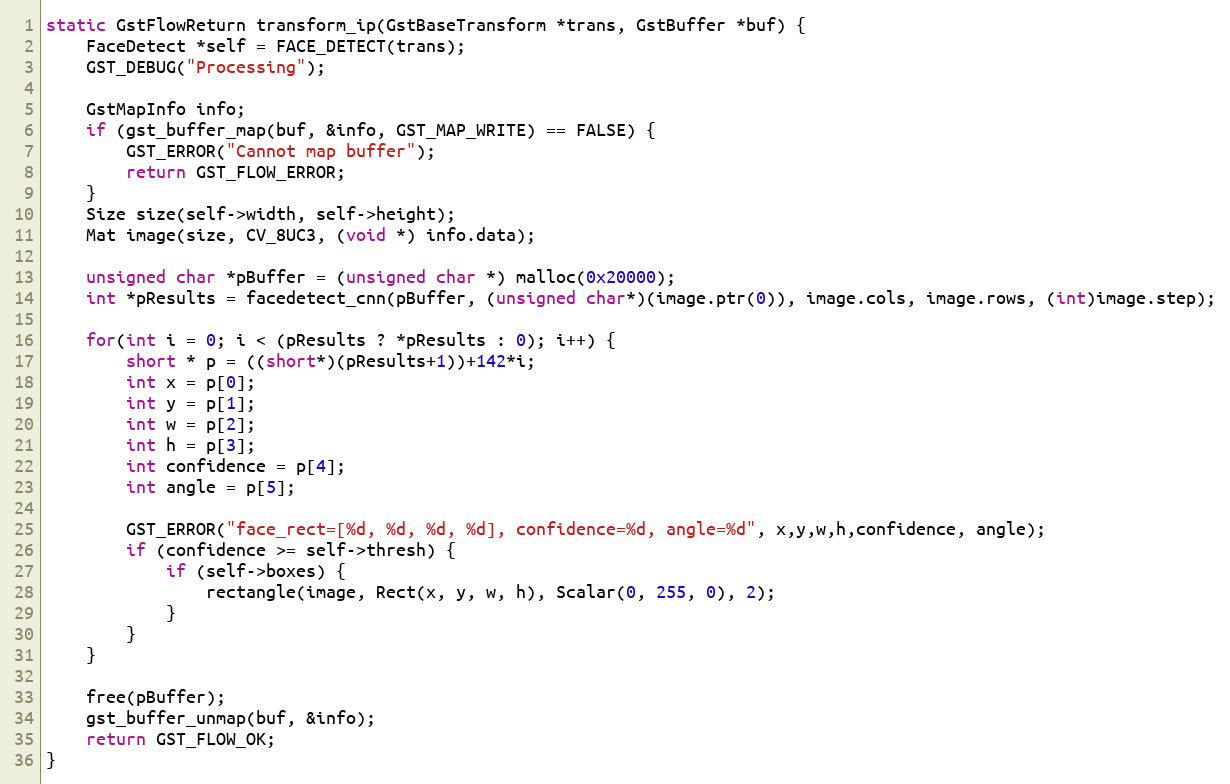
Language: C++
static GstFlowReturn transform_ip(GstBaseTransform *trans, GstBuffer *buf) {
    FaceDetect *self = FACE_DETECT(trans);
    GST_DEBUG("Processing");

    GstMapInfo info;
    if (gst_buffer_map(buf, &info, GST_MAP_WRITE) == FALSE) {
        GST_ERROR("Cannot map buffer");
        return GST_FLOW_ERROR;
    }
    Size size(self->width, self->height);
    Mat image(size, CV_8UC3, (void *) info.data);

    unsigned char *pBuffer = (unsigned char *) malloc(0x20000);
    int *pResults = facedetect_cnn(pBuffer, (unsigned char*)(image.ptr(0)), image.cols, image.rows, (int)image.step);

    for(int i = 0; i < (pResults ? *pResults : 0); i++) {
        short * p = ((short*)(pResults+1))+142*i;
        int x = p[0];
        int y = p[1];
        int w = p[2];
        int h = p[3];
        int confidence = p[4];
        int angle = p[5];

        GST_ERROR("face_rect=[%d, %d, %d, %d], confidence=%d, angle=%d", x,y,w,h,confidence, angle);
        if (confidence >= self->thresh) {
            if (self->boxes) {
                rectangle(image, Rect(x, y, w, h), Scalar(0, 255, 0), 2);
            }
        }
    }

    free(pBuffer);
    gst_buffer_unmap(buf, &info);
    return GST_FLOW_OK;
}